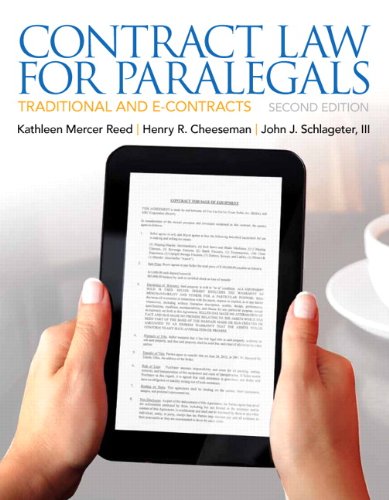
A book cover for Contract Law for Paralegals (2nd Edition); Kathleen Reed; Law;